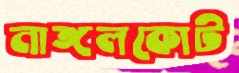
নাঙ্গলকোট